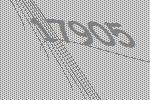
17905